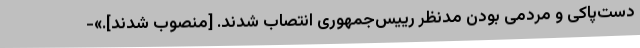
دست‌پاکی و مردمی بودن مدنظر رییس‌جمهوری انتصاب شدند. [منصوب شدند].»-